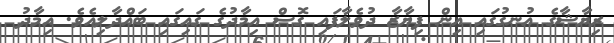
ރިޔާޝާގެ އުނގުގައި އިން ފިޔާޒާ ދުވެލާފައި ގޮސް އިމާދުގެ ގައިގައި ބައްދާލިއެވެ. އިމާދު